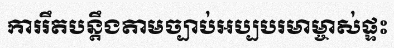
ការរឹតបន្តឹងតាមច្បាប់អប្បបរមាម្ចាស់ផ្ទះ